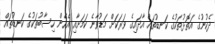
ދެކުނުގެ އަތޮޅުތަކުގެ ކަނޑުތައް އާދައިގެ ވަރަކަށް މަޑުވާނެ ކަމަށާއި އެހެން ހިސާބުތަކުގެ ކަނޑުތައް